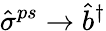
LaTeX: \hat{\sigma}^{ps}\rightarrow\hat{b}^{\dagger}